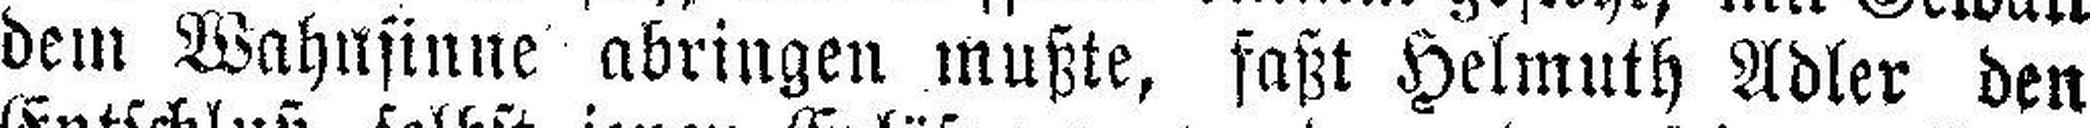
dem Wahnsinne abringen mußte, saßt Helmuth Adler den